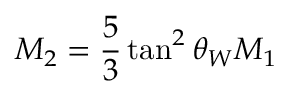
M _ { 2 } = \frac { 5 } { 3 } \tan ^ { 2 } \theta _ { W } M _ { 1 }